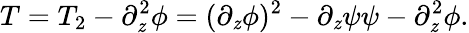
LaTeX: T=T_{2}-\partial_{\mathit{z}}^{2}\phi=(\partial_{\mathit{z}}\phi)^{2}-\partial_{\mathit{z}}\psi\psi-\partial_{\mathit{z}}^{2}\phi.